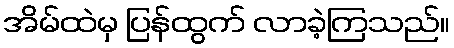
အိမ်ထဲမှ ပြန်ထွက် လာခဲ့ကြသည်။